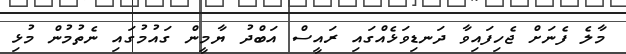
މާލެ ފެނަށް ޖެހިފައިވާ ދަނޑިވަޅެއްގައި ރައީސް އަބްދު ޔާމީން ގައުމުގައި ނެތުމުން މުޅި